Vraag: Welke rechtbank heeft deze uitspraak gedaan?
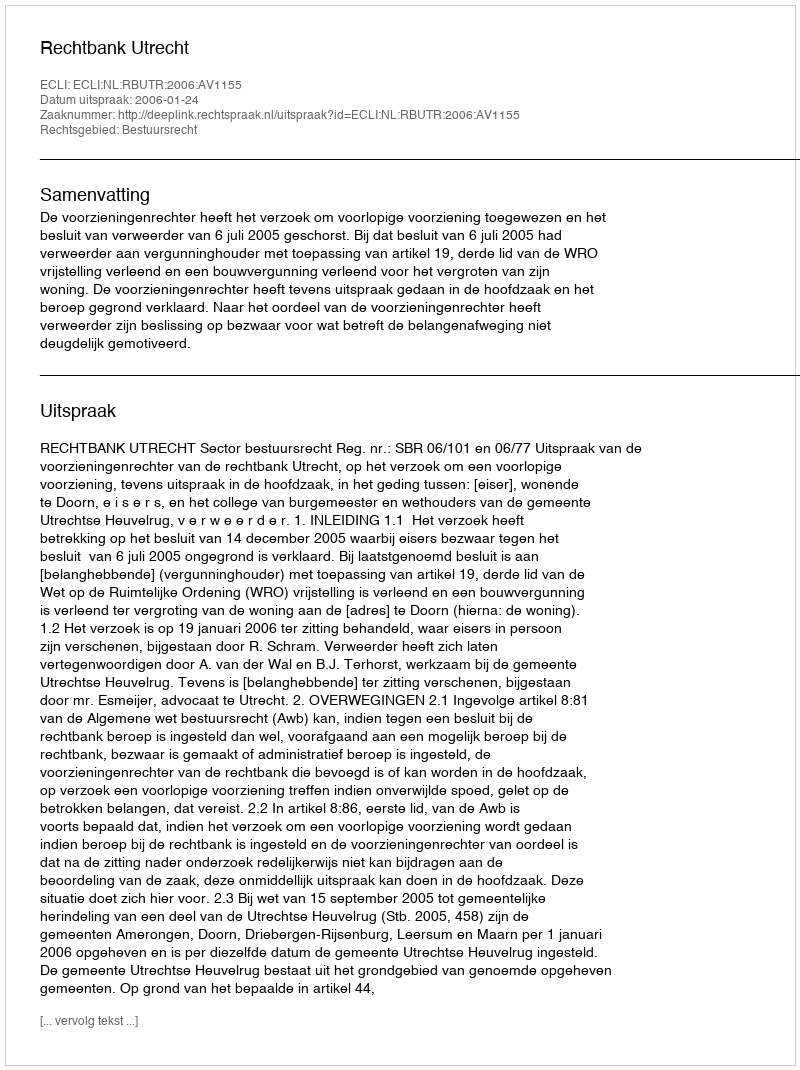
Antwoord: Rechtbank Utrecht